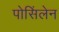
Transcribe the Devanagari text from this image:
पोसिंलेन